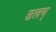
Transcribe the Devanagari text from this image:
ष्ठलष्